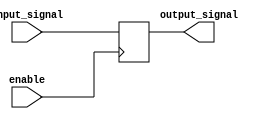
module buffer (
    input input_signal,
    input enable,
    output reg output_signal
);

always @(posedge enable)
begin
    if (enable)
        output_signal <= input_signal;
end

endmodule